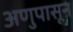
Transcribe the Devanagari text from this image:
अणुपासून